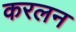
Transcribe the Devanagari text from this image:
करलन